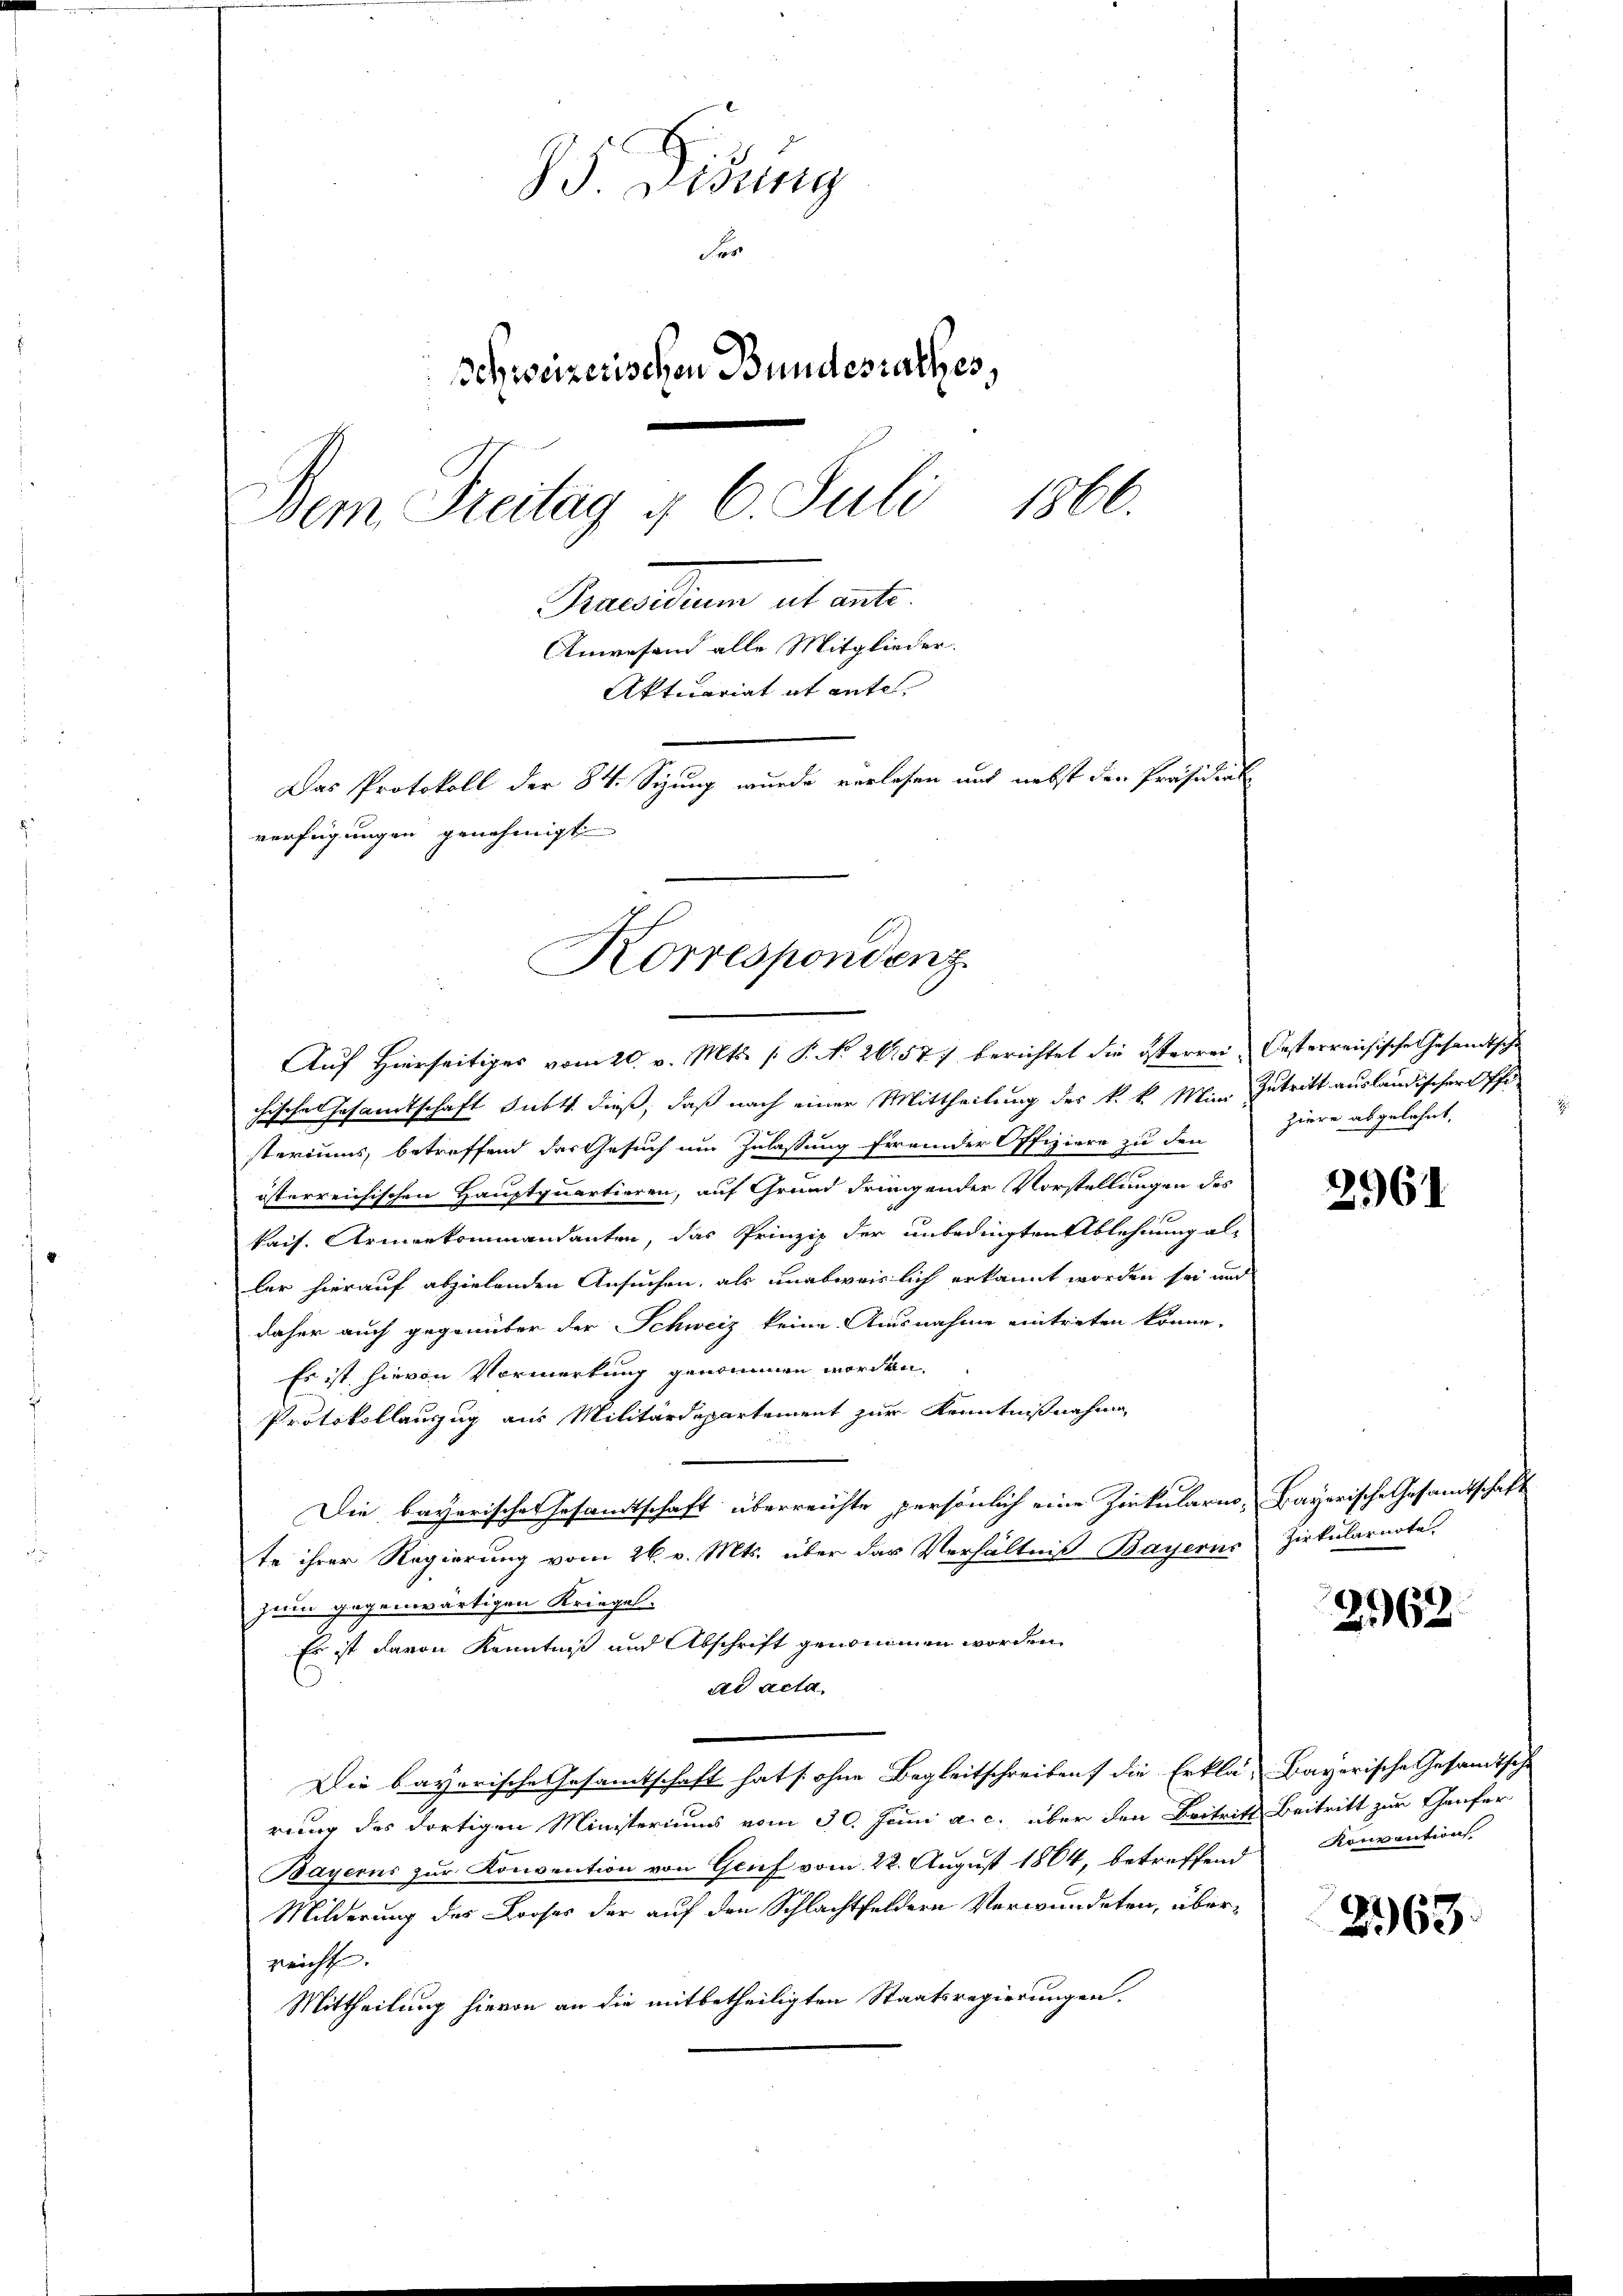
S. Disung
Fr
Schweizerischen Bundesrathes,
1866.
Dem Freitag u. 6. Juli
Praedium et mit
Anwesend alle Mitglieder.
Aktuariat et entel
Das Protokoll der 84. Sizung wurde verlesen mit nebst der Präsidial
verfügungen genehmigt

Korrespondenz

Auf Hierseitiges vom 20. v. Mts. (: P. No 26.57) berichtet die österrei Oesterreichische Gesandtsche
chische Gesamtschaft subt dieß, daß nach einer Mittheilung des k. k. Mini Zutritt ausländischer Pfisteriums, betreffend das Gesuch um Zulassung fremder Offiziere zu den
österreichischen Hauptquartieren, auf Grund dringender Vorstellungen des
kaif, Armenkommandanten, das Prinzip der unbedingten Ablehnung al
ler hierauf abzielenden Ansuchen, als unabweislich erkannt worden sei und
daher auch gegenüber der Schweiz keine Ausnahme eintreten könne.
Es ist hievon Vormerkung genommen worden.
Protokollauszug aus Militärdepartement zur Kenntnißnahme,
.
Die bayerisches Gesamtschaft überreichte persönlich eine Zirkulario, Bayerische Gesamtschaft
te ihrer Regierung vom 26. v. Mts. über das Verhältniß Bayerns Zirkularata
zum gegenwärtigen Kriegel.
Es ist davon Kenntniß und Abschrift genommen worden.
ad acta.
Die bayerische Gesamtschaft hat s. ohne Begleitschreiben die Erklä- Bayerische Gesandtsche
rung des dortigen Ministeriums vom 30. Juni a. c. über den Beitritt Beitritt zur Thaufer
Bayerns zur Konvention von Genf vom 22. August 1864, betreffend
Milderung des Looses der auf den Schlachtfeldern Verwundeten, überreicht
Mittheilung hievon an die mitbetheiligten Staatsregierungen.

ziere abgelehnt,

2961

2162.

Konvention

2363.